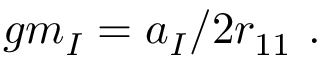
g m _ { \cal I } = a _ { \cal I } / 2 r _ { 1 1 } \ .